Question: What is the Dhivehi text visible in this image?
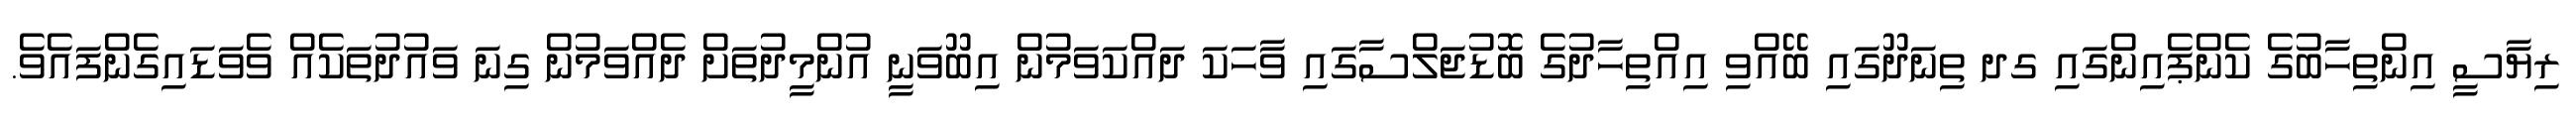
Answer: ރިޔާސީ އިންތިހާބުގެ ކެންޕެއިންގައި ގދ ތިނަދޫގައި ބޭއްވި އިއްތިހާދުގެ ބޮޑުޖަލްސާގައި ވާހަކަ ދައްކަވަމުން އިބޫވަނީ އުންމީދުތަށް ދެއްވަމުން ގިނަ ވައުދުތަކެއް ވެވަޑައިގެންފައެވެ.